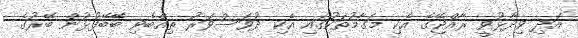
އަދި ވިދާޅުވީ ރާއްޖޭގެ އެކި މަގާމުތަކުގައި އެކި ދުވަސްވަރު ތިއްބެވި ބޭޭބޭފުޅުން ބޭރުގެ